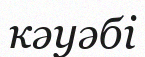
кәуәбі